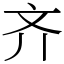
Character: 齐